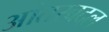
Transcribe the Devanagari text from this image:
आंतरबदल